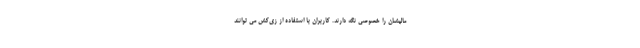
مالیشان را خصوصی نگه دارند. کاربران با استفاده از زی‌کش می توانند